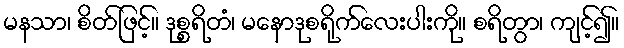
မနသာ၊ စိတ်ဖြင့်။ ဒုစ္စရိတံ၊ မနောဒုစရိုက်လေးပါးကို။ စရိတွာ၊ ကျင့်၍။